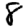
Digit: 8